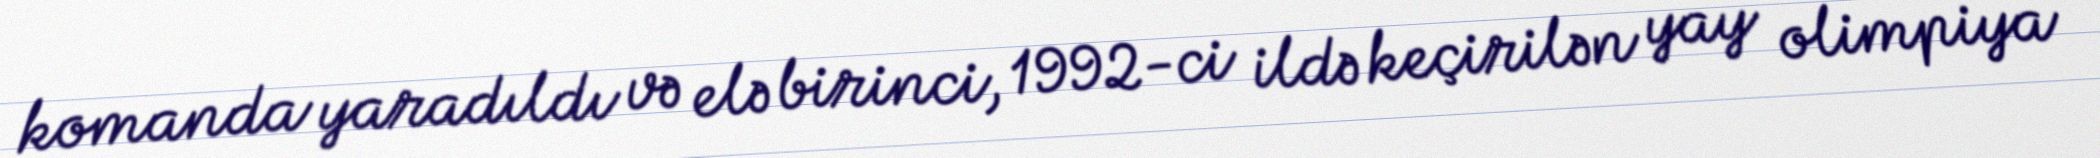
komanda yaradıldı və elə birinci, 1992-ci ildə keçirilən yay olimpiya